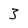
Character: 3